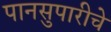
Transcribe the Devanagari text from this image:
पानसुपारीचे